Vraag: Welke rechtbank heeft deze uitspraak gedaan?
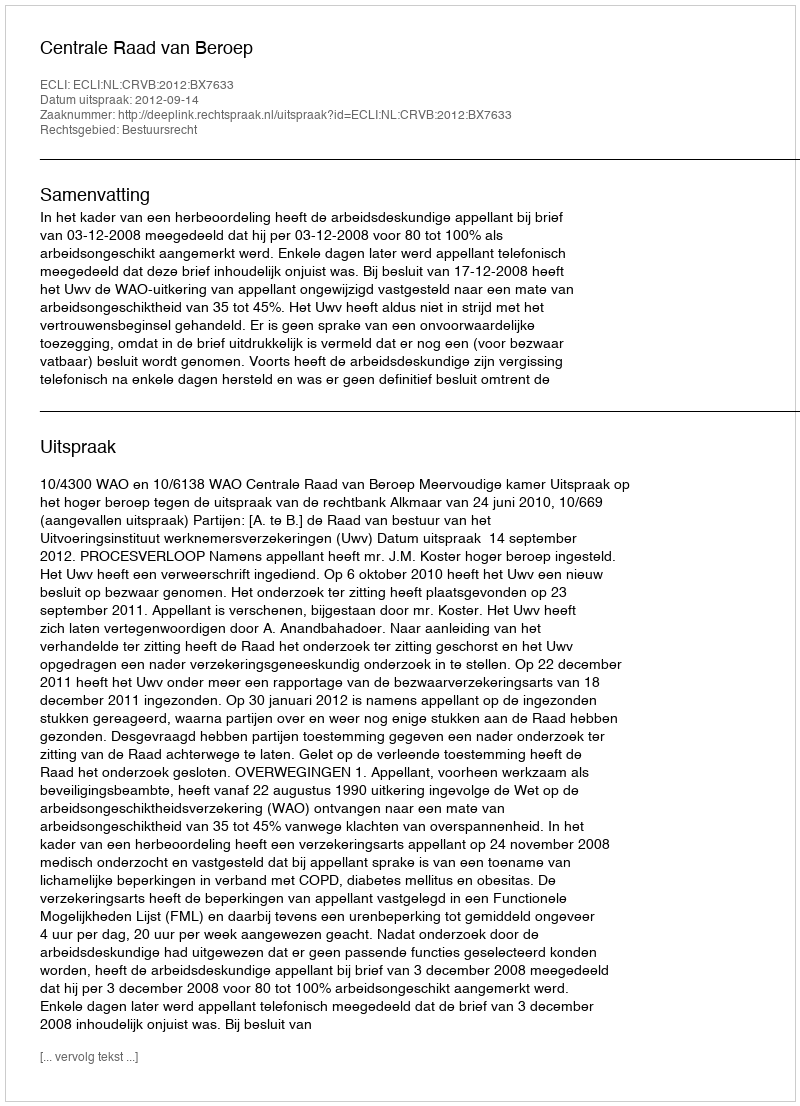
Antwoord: Centrale Raad van Beroep